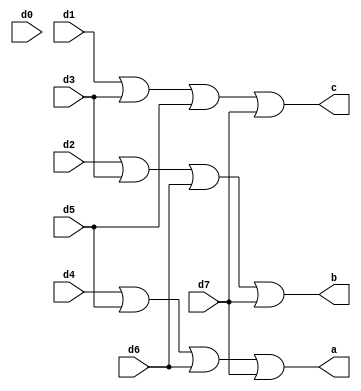
`timescale 1ns / 1ps
//////////////////////////////////////////////////////////////////////////////////
// Company: 
// Engineer: 
// 
// Design Name: 
// Module Name: encoder
// Project Name: 
// Target Devices: 
// Tool Versions: 
// Description: 
// 
// Dependencies: 
// 
// Revision:
// Revision 0.01 - File Created
// Additional Comments:
// 
//////////////////////////////////////////////////////////////////////////////////


module encoder(d0,d1,d2,d3,d4,d5,d6,d7,a,b,c);
input d0,d1,d2,d3,d4,d5,d6,d7;
output a,b,c;
or(a,d4,d5,d6,d7);
or(b,d2,d3,d6,d7);
or(c,d1,d3,d5,d7);
endmodule